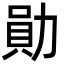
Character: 勛